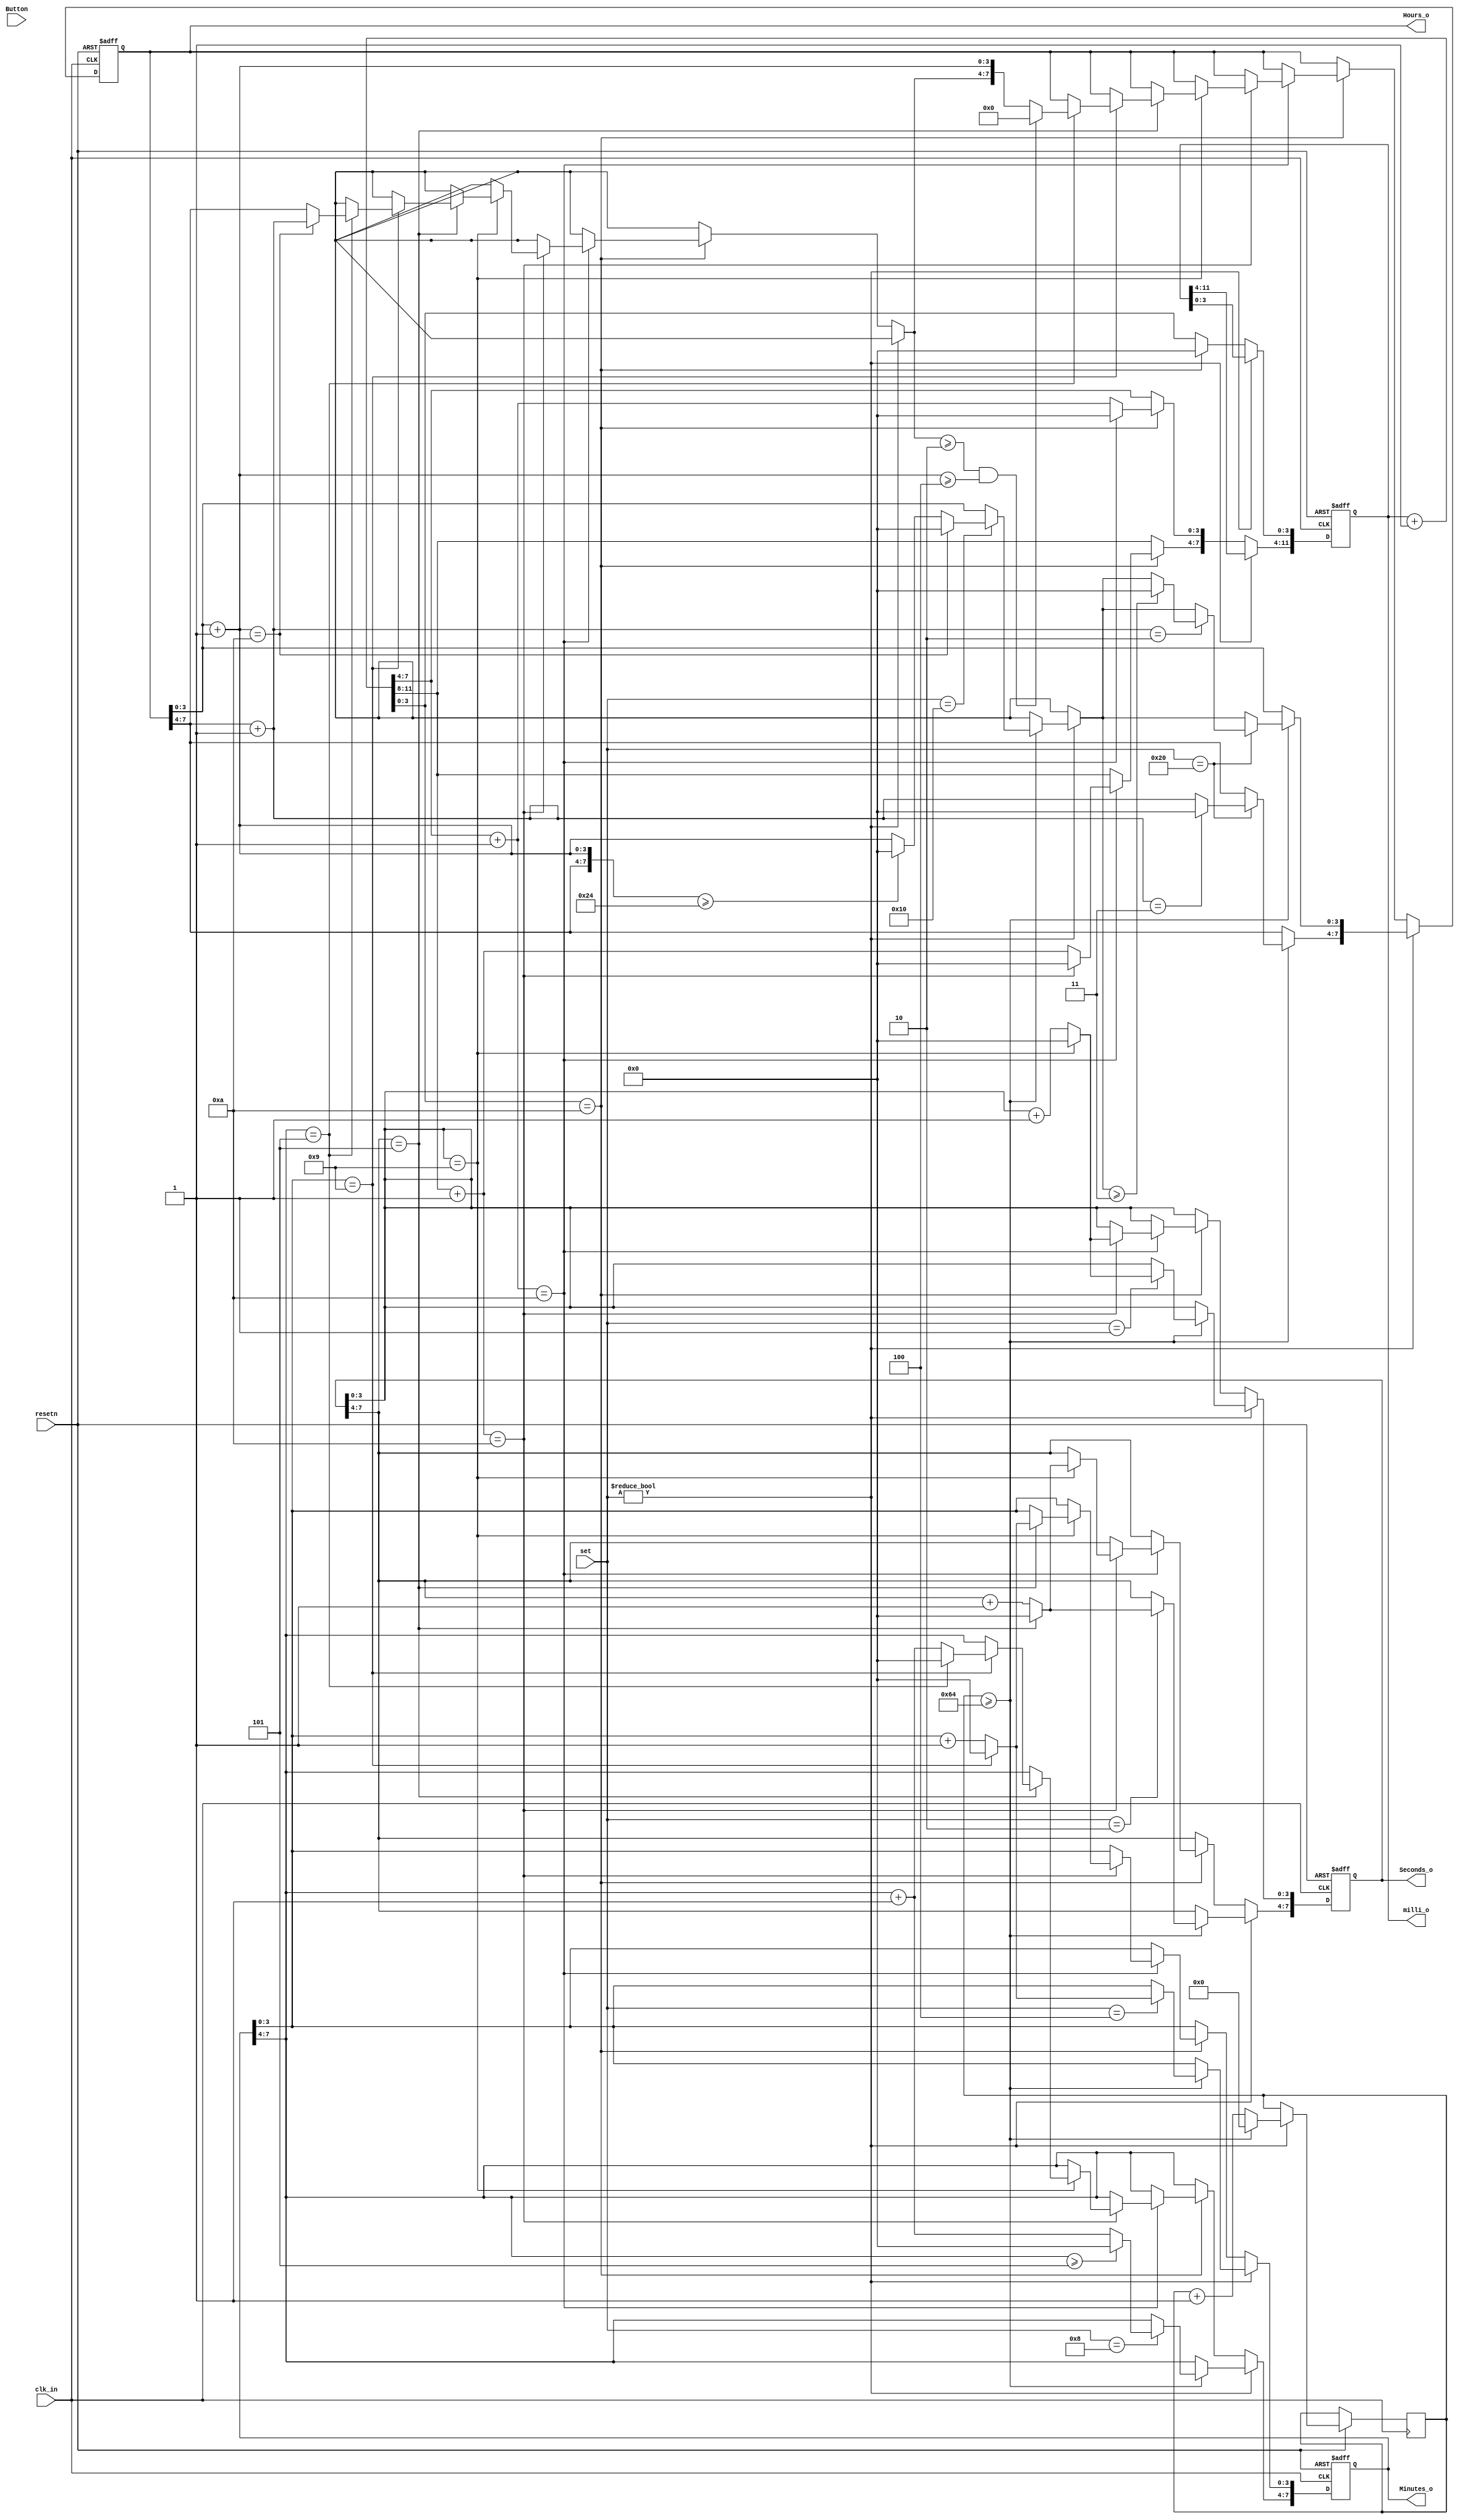
`timescale 1ns / 1ps
//////////////////////////////////////////////////////////////////////////////////
// Company: 
// Engineer: 
// 
// Design Name: 
// Module Name: Clock_Counter
// Project Name: 
// Target Devices: 
// Tool Versions: 
// Description: 
// 
// Dependencies: 
// 
// Revision:
// Revision 0.01 - File Created
// Additional Comments:
// 
//////////////////////////////////////////////////////////////////////////////////

//// 00 no increment//// 01 increment the seconds // 10 increment the minutes//// 11 increment the hours
module Clock_Counter(Button,clk_in,set,resetn,Seconds_o,Minutes_o,Hours_o,milli_o);
input Button,clk_in, resetn;
input[5:0] set;
output reg [7:0] Seconds_o, Minutes_o, Hours_o;
output reg [11:0] milli_o;
reg [25:0]clock = 0;
    initial begin
     Seconds_o <= 0;
    Minutes_o <= 0;
    Hours_o <= 0;
    milli_o <= 0;
    end

    
    
    
always@(posedge clk_in or negedge resetn)begin
    if (!resetn)begin
    Seconds_o <= 0;
    Minutes_o <= 0;
    Hours_o <= 0;
    milli_o <= 0;
    end else if(set != 6'b000000) begin 
    /////////////////////setting the time
    clock <= clock + 1'b1;
       if(clock >= 25'd100)begin
                clock <= 0;
               if(set == 6'b000001)begin
                        Seconds_o[3:0] <= Seconds_o[3:0] + 1'b1;
                        if(Seconds_o[3:0] == 4'b1001)begin
                            Seconds_o[3:0] <= 0;
                        end 
               end
               if(set == 6'b000010)begin
                    Seconds_o[7:4] <= Seconds_o[7:4] +1'b1;
                    
                    if (Seconds_o[7:4] ==4'b0101)
                        Seconds_o[7:4] <=0;
                
               end  
               if(set == 6'b000100)begin
                                Minutes_o[3:0] <= Minutes_o[3:0] + 1'b1;
                                if(Minutes_o[3:0] == 4'b1001)begin
                                    Minutes_o[3:0] <= 0;
                                end
               end  
               if(set ==6'b001000)begin
                            Minutes_o[7:4] <= Minutes_o[7:4] + 1'b1;
                             
                            if(Minutes_o[7:4] >= 4'b0101)begin
                               Minutes_o[7:4] <= 0;    
                            end
               end
               if(set== 6'b010000) begin
                        Hours_o[3:0] = Hours_o[3:0]+1'b1;
                            if(Hours_o[7:0] >= 8'b00100100)begin
                                Hours_o[3:0] <=0;
                            end
                            if(Hours_o[3:0] == 4'b1010)begin
                                Hours_o[3:0] <=0;
                            end
               end 
               if(set ==6'b100000) begin
               Hours_o[7:4] = Hours_o[7:4]+1'b1;
                            if(Hours_o[7:4] == 4'b0010)begin
                                if(Hours_o[3:0]>=4'b0011)
                                Hours_o[3:0] <=0;
                               
                            end
                            if(Hours_o[7:4]==4'b0011)
                                Hours_o[7:4] <= 0;
               
               end
               
        
       end
  end else   begin                                   
 ////////////////////////////////////////////////////////////   
        milli_o = milli_o + 1;
        if(milli_o[3:0] == 4'b1010)begin
            milli_o[3:0] <= 0;
            milli_o[7:4] = milli_o[7:4] + 1'b1;
            if(milli_o[7:4] == 4'b1010)begin
                milli_o[7:4] <= 0;
                milli_o[11:8] = milli_o[11:8] + 1'b1;
                if(milli_o[11:8] == 4'b1010) begin
                    milli_o[11:8] <= 0;
                    Seconds_o[3:0] <= Seconds_o[3:0] + 1'b1;
                        if(Seconds_o[3:0] == 4'b1001)begin
                            Seconds_o[3:0] <= 0;
                            Seconds_o[7:4] <= Seconds_o[7:4] +1'b1;
                            if(Seconds_o[7:4] == 4'b0101)begin
                                Seconds_o[7:4] <= 0;
                                Minutes_o[3:0] <=Minutes_o[3:0] + 1'b1;
                                if(Minutes_o[3:0] == 4'b1001)begin
                                    Minutes_o[3:0] <= 0;
                                    Minutes_o[7:4] <= Minutes_o[7:4] + 1'b1;
                                    if(Minutes_o[7:4] == 4'b0101)begin
                                        Minutes_o[7:4] <= 0;
                                        Hours_o[3:0] = Hours_o[3:0] + 1'b1;
                                        if(Hours_o[3:0] == 4'b1010)begin
                                            Hours_o[3:0] <= 0;
                                            Hours_o[7:4] = Hours_o[7:4] + 1'b1;
                                        end
                                        
                                        if((Hours_o[7:4]>= 4'b0010)&&(Hours_o[3:0]>= 4'b0100))begin
                                            Hours_o[7:0] = 8'b00000000;
                                        end
                                    end
                                
                                end
                            end        
                        end                    
                end                
            end
        end
    
    
    end
end



endmodule